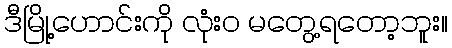
ဒီမြို့ဟောင်းကို လုံး၀ မတွေ့ရတော့ဘူး။